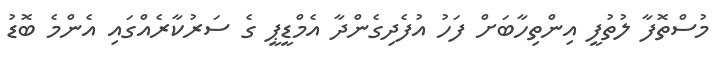
މުސްތޮފާ ލުތުފީ އިންތިހާބަށް ފަހު އުފެދިގެންދާ އެމްޑީޕީ ގެ ސަރުކާރެއްގައި އެންމެ ބޮޑު